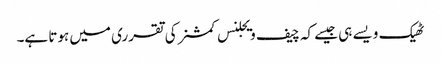
ٹھیک ویسے ہی جیسے کہ چیف ویجلنس کمشنر کی تقرری میں ہوتا ہے۔